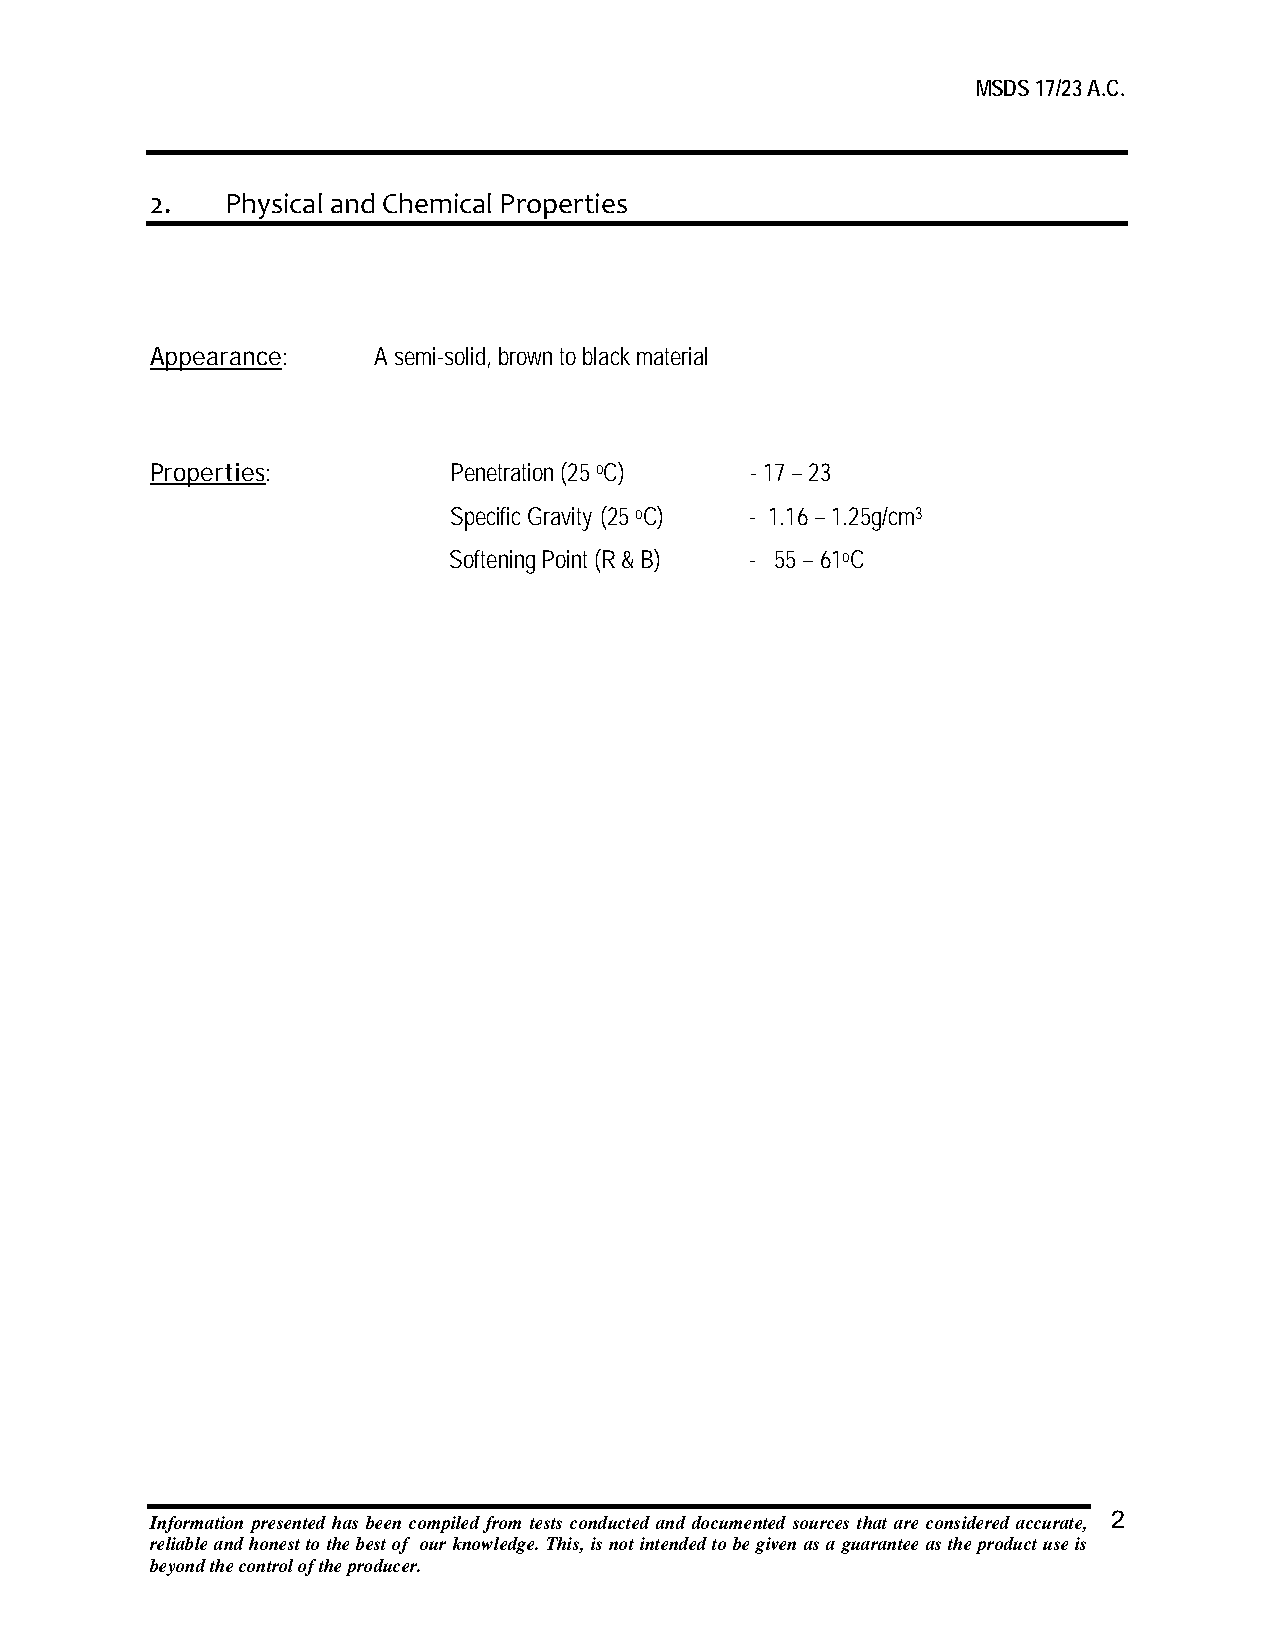
MSDS 17/23 A.C.
 2.   Physical and Chemical Properties
 Appearance:    A semi-solid, brown to black material
 Properties:         Penetration (25 oC) - 17 – 23
 Specific Gravity (25 oC) - 1.16 – 1.25g/cm3
 Softening Point (R & B) - 55 – 61oC
 Information presented has been compiled from tests conducted and documented sources that are considered accurate, 2
 reliable and honest to the best of our knowledge. This, is not intended to be given as a guarantee as the product use is
 beyond the control of the producer.